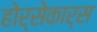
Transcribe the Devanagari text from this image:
होर्सेकार्स